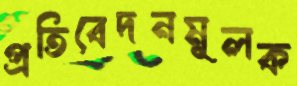
প্রতিবেদনমূলক